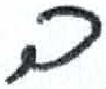
אות: ב